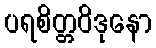
ပရစိတ္တဝိဒုနော